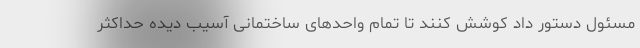
مسئول دستور داد کوشش کنند تا تمام واحدهای ساختمانی آسیب دیده حداکثر